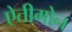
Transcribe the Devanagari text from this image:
ऐतीगोन